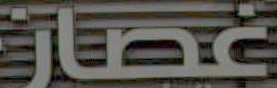
JUT